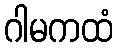
ဂါမကထံ